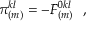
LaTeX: \pi _ { ( m ) } ^ { k l } = - F _ { ( m ) } ^ { 0 k l } \, \, \, \, ,